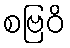
စဗြဝိ